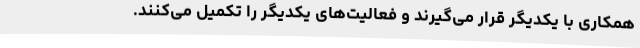
همکاری با یکدیگر قرار می‌گیرند و فعالیت‌های یکدیگر را تکمیل می‌کنند.